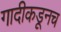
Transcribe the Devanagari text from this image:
गादीकडूनच